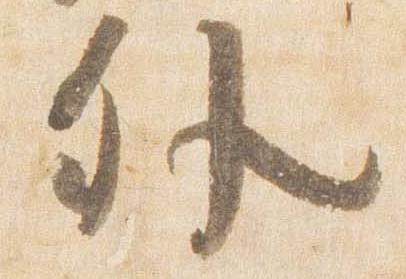
外